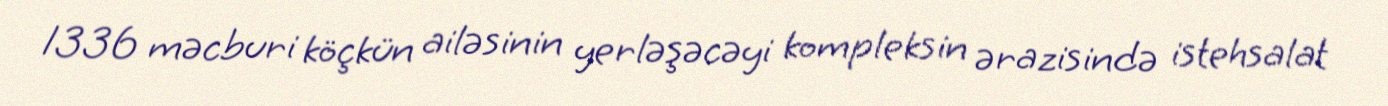
1336 məcburi köçkün ailəsinin yerləşəcəyi kompleksin ərazisində istehsalat